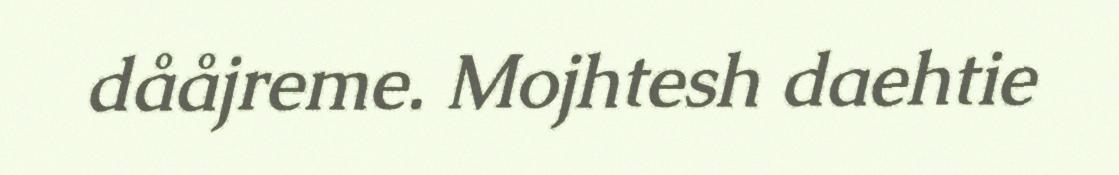
dååjreme. Mojhtesh daehtie